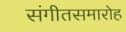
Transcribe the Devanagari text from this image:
संगीतसमारोह